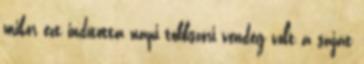
mikor ezt indította napi többszöri vendég volt a saját